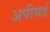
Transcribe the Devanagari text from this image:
अपीयर्ड